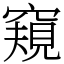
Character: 窺